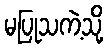
မပြုသကဲ့သို့